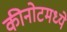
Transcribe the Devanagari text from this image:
कीनोटमध्ये